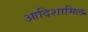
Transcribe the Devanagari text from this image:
आदिशामिल